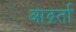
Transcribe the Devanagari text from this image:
आद्रर्ता